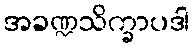
အခဏ္ဍသိက္ခာပဒါ